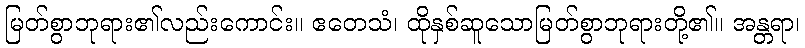
မြတ်စွာဘုရား၏လည်းကောင်း။ ဧတေသံ၊ ထိုနှစ်ဆူသောမြတ်စွာဘုရားတို့၏။ အန္တရာ၊